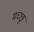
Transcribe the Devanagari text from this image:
मच्‍छू